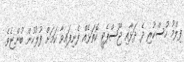
ފިލްމު ހުސްކުރި ދެ ދަޅާއި ޖޫސްޕެޓީ ކޮތަޅެއް ފެނިފައިވާ ކަމަށް ފުލުހުން ބުންޏެވެ.